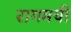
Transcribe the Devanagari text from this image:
रागमयी